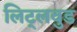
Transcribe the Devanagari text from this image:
लिट्लवुड